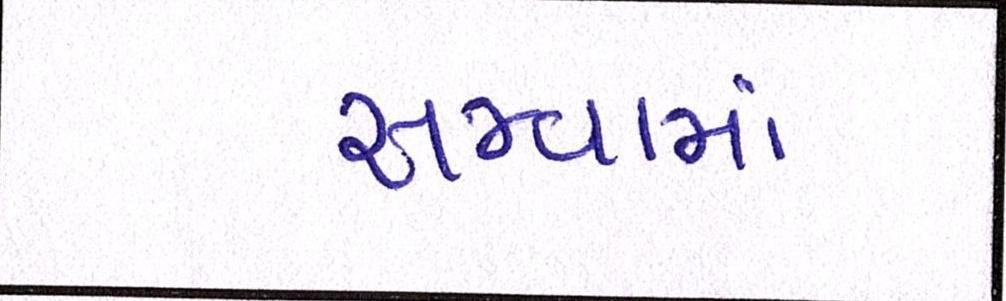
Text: સજવામાં